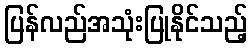
ပြန်လည်အသုံးပြုနိုင်သည့်